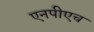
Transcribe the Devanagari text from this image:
एनपीएच